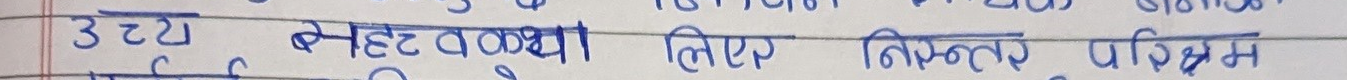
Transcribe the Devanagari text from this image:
उच्च नेतृत्वका लिए निरन्तर परिश्रम